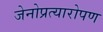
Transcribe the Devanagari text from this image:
जेनोप्रत्यारोपण